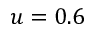
u = 0 . 6